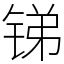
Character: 锑